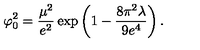
\varphi _ { 0 } ^ { 2 } = { \frac { \mu ^ { 2 } } { e ^ { 2 } } } \exp \left( 1 - { \frac { 8 \pi ^ { 2 } \lambda } { 9 e ^ { 4 } } } \right) .